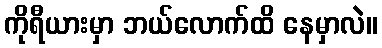
ကိုရီယားမှာ ဘယ်လောက်ထိ နေမှာလဲ။